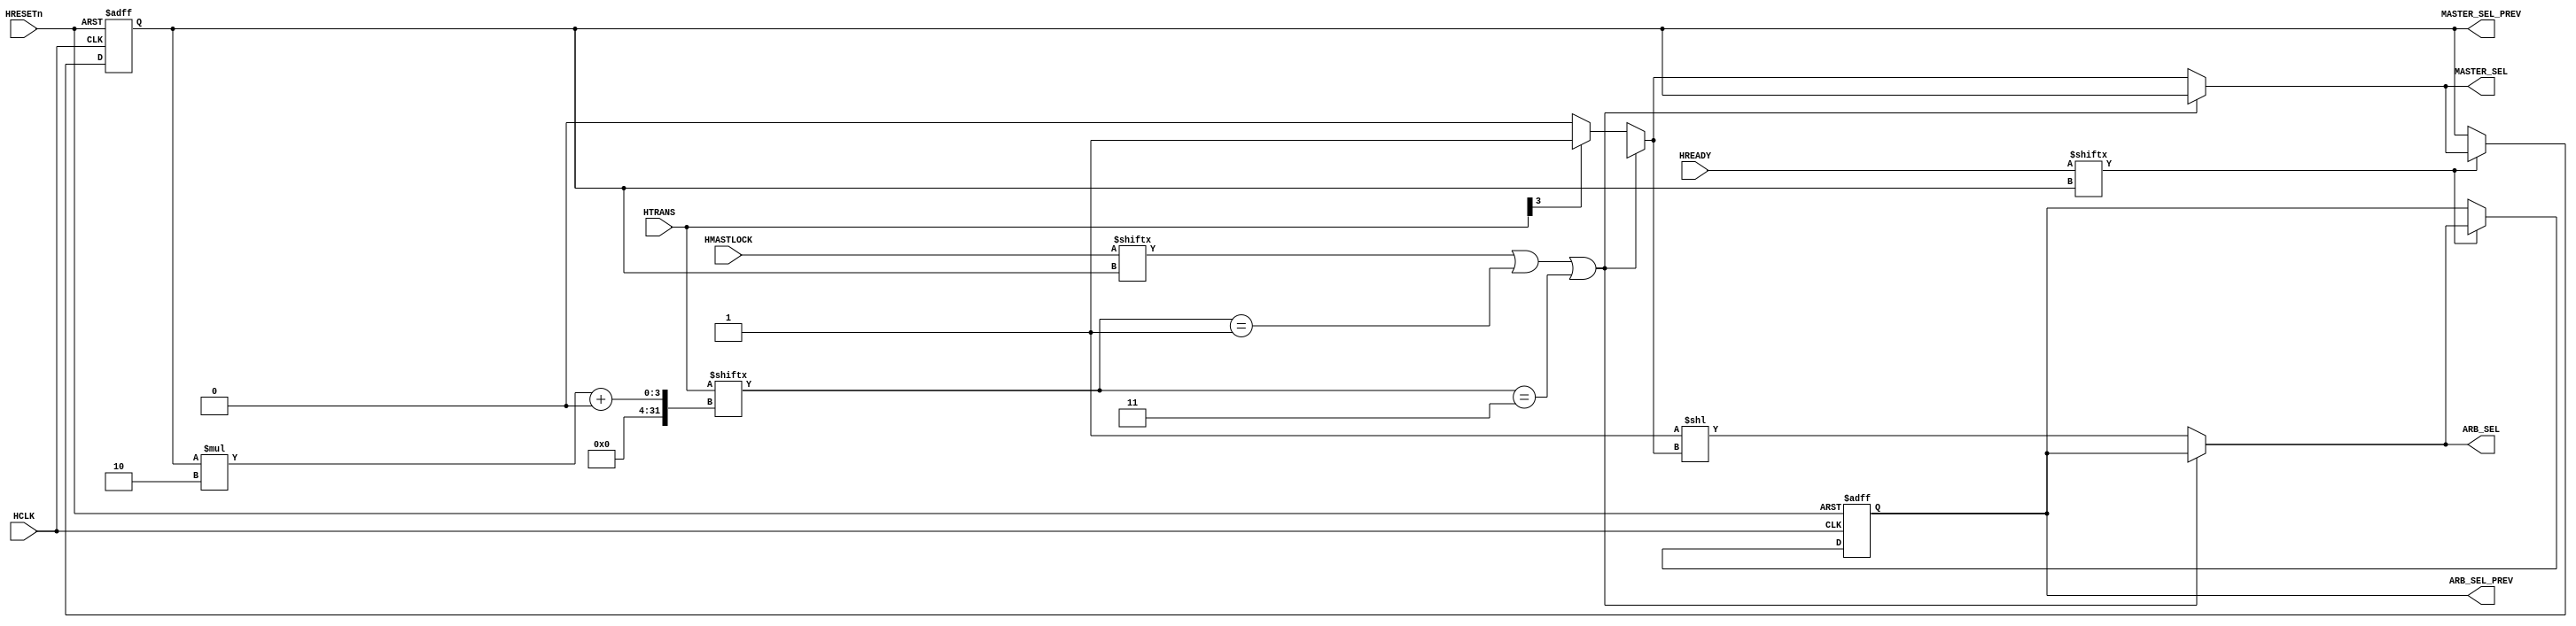
module arbiter (
	HCLK,
	HRESETn,
	HTRANS,
	HMASTLOCK,
	HREADY,
	ARB_SEL,
	ARB_SEL_PREV,
	MASTER_SEL,
	MASTER_SEL_PREV
);
	parameter ARBITRATION = "HIGH";
	parameter MM = 2;
	input HCLK;
	input HRESETn;
	input [(MM * 2) - 1:0] HTRANS;
	input [MM - 1:0] HMASTLOCK;
	input [MM - 1:0] HREADY;
	output reg [MM - 1:0] ARB_SEL;
	output reg [MM - 1:0] ARB_SEL_PREV;
	output reg [$clog2(MM) - 1:0] MASTER_SEL;
	output reg [$clog2(MM) - 1:0] MASTER_SEL_PREV;
	reg [MM - 1:0] ARB_SEL_PREV_n;
	reg [$clog2(MM) - 1:0] MASTER_SEL_PREV_n;
	always @(posedge HCLK or negedge HRESETn)
		if (!HRESETn) begin
			ARB_SEL_PREV <= 'b1;
			MASTER_SEL_PREV <= {$clog2(MM) {1'sb0}};
		end
		else begin
			ARB_SEL_PREV <= ARB_SEL_PREV_n;
			MASTER_SEL_PREV <= MASTER_SEL_PREV_n;
		end
	always @(*) begin
		ARB_SEL_PREV_n = ARB_SEL_PREV;
		MASTER_SEL_PREV_n = MASTER_SEL_PREV;
		if (HREADY[MASTER_SEL_PREV]) begin
			ARB_SEL_PREV_n = ARB_SEL;
			MASTER_SEL_PREV_n = MASTER_SEL;
		end
	end
	localparam ahbl_bus_mux_defines_BUSY = 2'b01;
	localparam ahbl_bus_mux_defines_SEQ = 2'b11;
	always @(*) begin
		ARB_SEL = ARB_SEL_PREV;
		MASTER_SEL = MASTER_SEL_PREV;
		if (((HMASTLOCK[MASTER_SEL_PREV] == 'b1) || (HTRANS[MASTER_SEL_PREV * 2+:2] == ahbl_bus_mux_defines_BUSY)) || (HTRANS[MASTER_SEL_PREV * 2+:2] == ahbl_bus_mux_defines_SEQ)) begin
			ARB_SEL = ARB_SEL_PREV;
			MASTER_SEL = MASTER_SEL_PREV;
		end
		else begin
			MASTER_SEL = {$clog2(MM) {1'sb0}};
			begin : sv2v_autoblock_19
				reg signed [31:0] i;
				for (i = 0; i < MM; i = i + 1)
					if (HTRANS[(i * 2) + 1] != 1'b0)
						MASTER_SEL = i;
			end
			ARB_SEL = 'b1 << MASTER_SEL;
		end
	end
endmodule